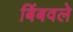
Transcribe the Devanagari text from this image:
बिंबवले